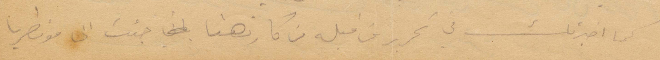
كما اخبرتك في تحرير قبله من كان هنا جئت الى مونطريا